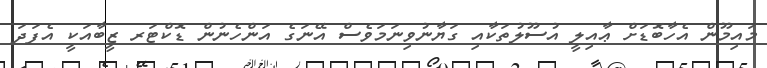
މައިމޫން އެހާބޮޑަށް ޢާއިލީ އުސޫލުތަކާއި ގަޔާނުވިނަމަވެސް އޭނަގެ އަންހެނުން ޑޮކްޓަރ ޒީބާއަކީ އެފަދަ